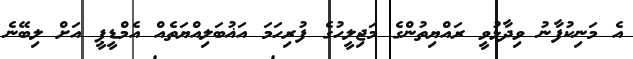
އެ މަނިކުފާނު ވިދާޅުވީ ރައްޔިތުންގެ މަޖިލީހުގެ ފުރިހަމަ އަޣުބަލިއްޔަތެއް އެމްޑީޕީ އަށް ލިބޭނެ